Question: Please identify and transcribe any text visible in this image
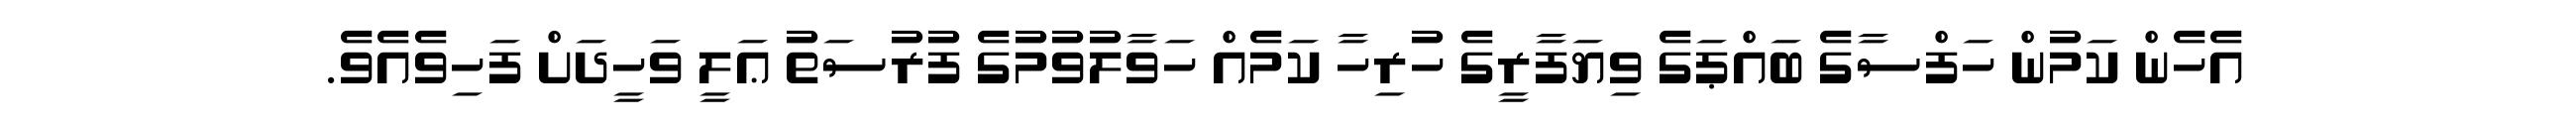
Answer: އެހެން ކަމުން ހަފްސާގެ ބައްޕަގެ ވިޔަފާރީގެ ހުރިހާ ކަމެއް ހަވާލުވުމުގެ ފުރުސަތު ޢަލީ ވަހީދަށް ފަހިވެއެވެ.